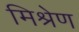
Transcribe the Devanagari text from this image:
मिश्रेण